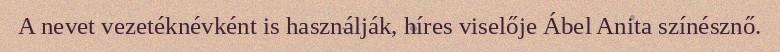
A nevet vezetéknévként is használják, híres viselője Ábel Anita színésznő.